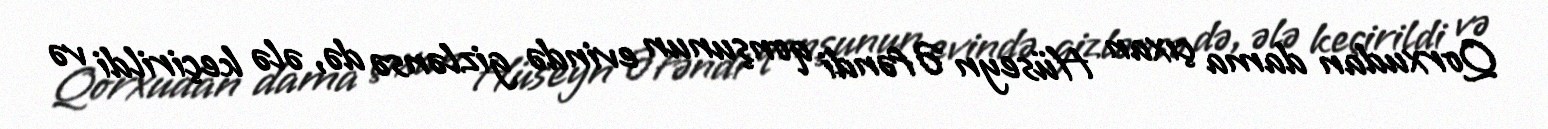
Qorxudan dama çıxan Hüseyn Əfəndi qonşunun evində gizlənsə də, ələ keçirildi və